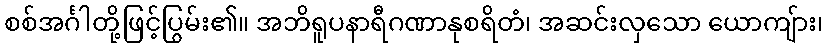
စစ်အင်္ဂါတို့ဖြင့်ပြွမ်း၏။ အဘိရူပနာရီဂဏာနုစရိတံ၊ အဆင်းလှသော ယောကျ်ား၊